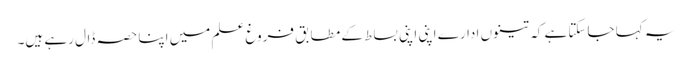
یہ کہا جاسکتا ہے کہ تینوں ادارے اپنی اپنی بساط کے مطابق فروغِ علم میں اپنا حصہ ڈال رہے ہیں۔